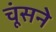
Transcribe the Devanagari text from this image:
चूंसने